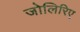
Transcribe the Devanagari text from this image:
जोलिरिए